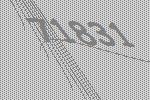
71831